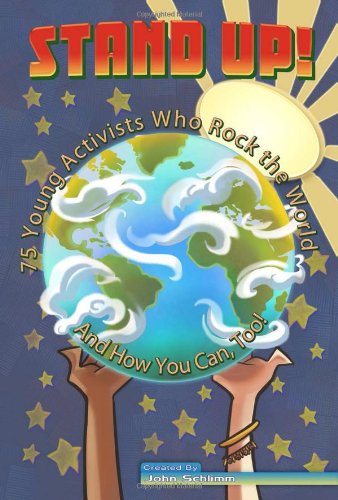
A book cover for Stand Up!: 75 Young Activists Who Rock the World and How You Can, Too!; John Schlimm; Teen & Young Adult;